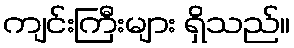
ကျင်းကြီးများ ရှိသည်။